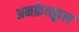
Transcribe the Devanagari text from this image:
अनफ़ेथफ़ुल